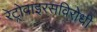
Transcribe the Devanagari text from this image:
रेट्रोवाइरसविरोधी